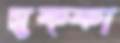
সুফ্ফা